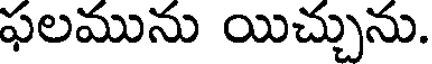
ఫలమును యిచ్చును.